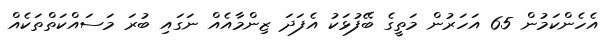
އެހެންކަމުން 65 އަހަރުން މަތީގެ ބޭފުޅަކު އެފަދަ ޒިންމާއެއް ނަގައި ބުރަ މަސައްކަތްތަކެއް